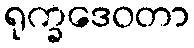
ရုက္ခဒေဝတာ